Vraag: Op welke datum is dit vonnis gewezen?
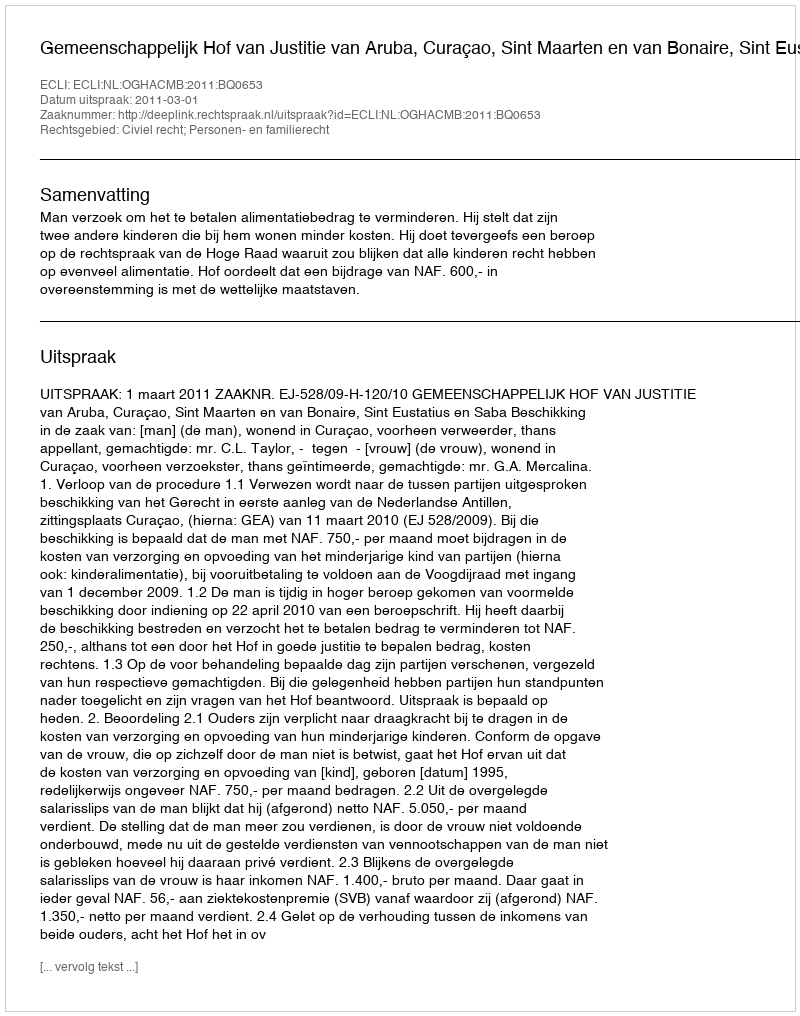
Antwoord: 2011-03-01